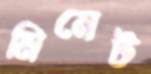
মিনেট